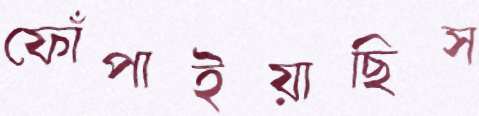
ফোঁপাইয়াছিস